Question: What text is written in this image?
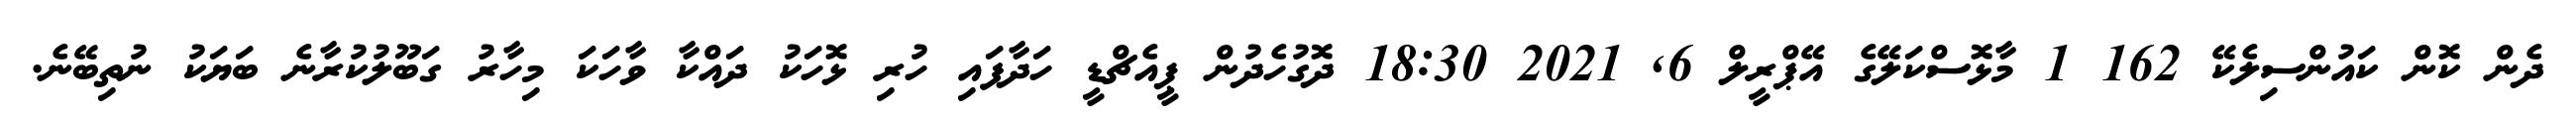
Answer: ދެން ކޮން ކައުންސިލެކޭ 162 1 މާޅޮސްކަލޭގެ އޭޕްރީލް 6, 2021 18:30 ދޮގުހެދުން ޕީއެޗްޑީ ހަދާފައި ހުރި ޅޮހަކު ދައްކާ ވާހަކަ މިހާރު ގަބޫލުކުރާނެ ބަޔަކު ނުތިބޭނެ.